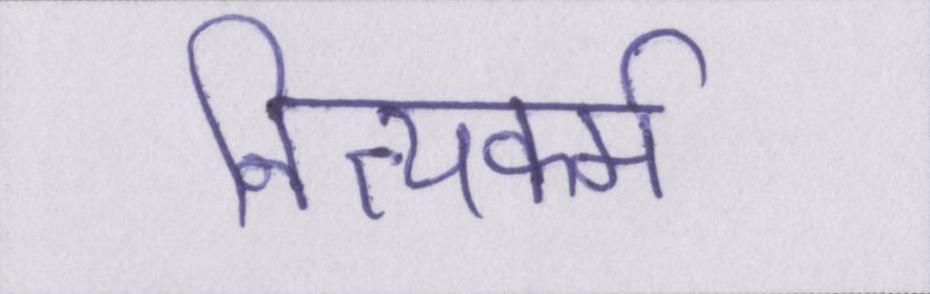
नित्यकर्म